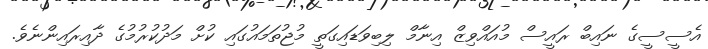
އެސީސީގެ ނައިބް ރައީސް މުއައްވިޒް އިނާމް ލިބިވަޑައިގަތީ މުޖުތަމައުގައި ކުށް މަދުކުރުމުގެ ދާއިރައިންނެވެ.